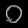
Digit: ၀